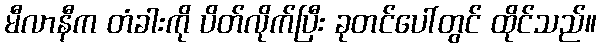
မီလာနီက တံခါးကို ပိတ်လိုက်ပြီး ခုတင်ပေါ်တွင် ထိုင်သည်။